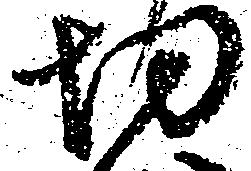
切